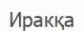
Иракқа